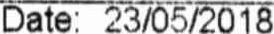
DATE: 23/05/2018